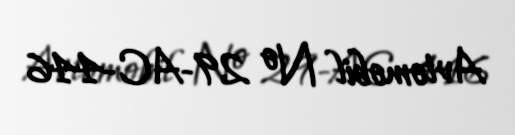
Avtomobil № 29-AC-446